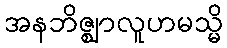
အနဘိဇ္ဈာလူဟမသ္မိ